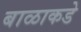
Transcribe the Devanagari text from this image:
बाळाकडे